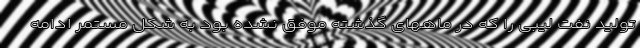
تولید نفت لیبی را که در ماههای گذشته موفق نشده بود به شکل مستمر ادامه